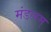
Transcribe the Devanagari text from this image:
मंडलम्‌